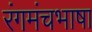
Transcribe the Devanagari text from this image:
रंगमंचभाषा